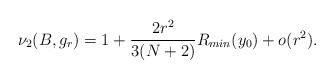
\begin{align*} \nu_2(B,g_r)= 1+\frac{2r^2}{3(N+2)}R_{min}(y_0) +o(r^2).\end{align*}